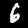
Digit: 6